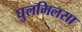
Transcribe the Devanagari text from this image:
घुलमिलसा